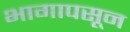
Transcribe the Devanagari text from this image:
भागापसून